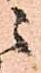
ニ